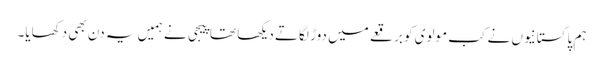
ہم پاکستانیوں نے کب مولوی کو برقعے میں دوڑ لگاتے دیکھا تھا پیجی نے ہمیں یہ دن بھی دکھایا۔